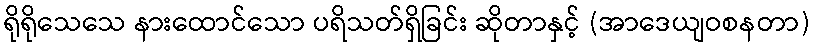
ရိုရိုသေသေ နားထောင်သော ပရိသတ်ရှိခြင်း ဆိုတာနှင့် (အာဒေယျဝစနတာ)